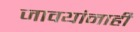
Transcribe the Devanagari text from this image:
जावयांनाही